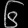
Digit: ၆